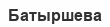
Батыршева